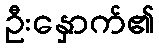
ဦးနှောက်၏